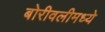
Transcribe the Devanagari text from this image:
बोरीवलीमध्ये